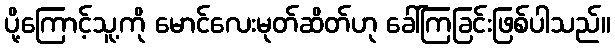
ပို့ကြောင့်သူ့ကို မောင်လေးမုတ်ဆိတ်ဟု ခေါ်ကြခြင်းဖြစ်ပါသည်။